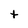
Character: t